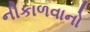
નીકાળવાનો